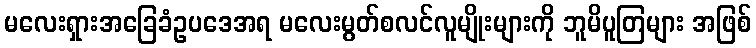
မလေးရှားအခြေခံဥပဒေအရ မလေးမွတ်စလင်လူမျိုးများကို ဘူမိပူတြများ အဖြစ်